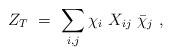
LaTeX: \begin{align*}Z_T \ = \ \sum_{i,j} \chi_i \ X_{i j} \ \bar \chi_j \ ,\end{align*}